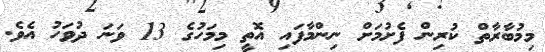
މިމުބާރާތް ކުރިން ފެށުމަށް ނިންމާފައި އޮތީ މިމަހުގެ 13 ވަނަ ދުވަހު އެވެ.